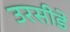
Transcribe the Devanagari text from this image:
उरसीडे